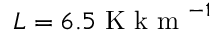
L = 6 . 5 \mathrm { ~ K ~ k ~ m ~ } ^ { - 1 }